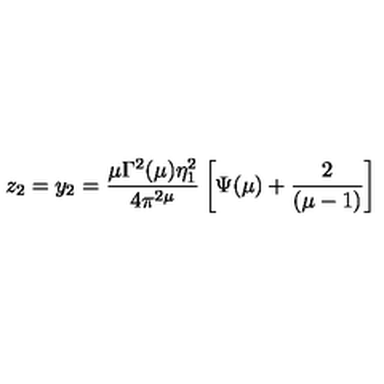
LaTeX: z _ { 2 } = y _ { 2 } = \frac { \mu \Gamma ^ { 2 } ( \mu ) \eta _ { 1 } ^ { 2 } } { 4 \pi ^ { 2 \mu } } \left[ \Psi ( \mu ) + \frac { 2 } { ( \mu - 1 ) } \right]